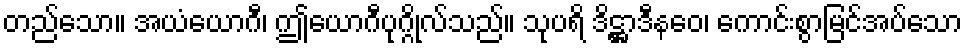
တည်သော။ အယံယောဂီ၊ ဤယောဂီပုဂ္ဂိုလ်သည်။ သုပရိ ဒိဋ္ဌာဒီနဝေ၊ ကောင်းစွာမြင်အပ်သော